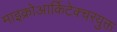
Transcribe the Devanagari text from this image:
माइक्रोआर्किटेक्चरयुक्त